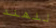
للهند